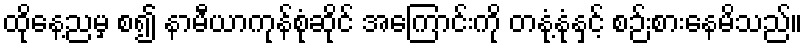
ထိုနေ့ညမှ စ၍ နာမီယာကုန်စုံဆိုင် အကြောင်းကို တနုံ့နုံနှင့် စဉ်းစားနေမိသည်။